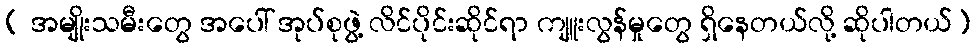
( အမျိုးသမီးတွေ အပေါ် အုပ်စုဖွဲ့ လိင်ပိုင်းဆိုင်ရာ ကျူးလွန်မှုတွေ ရှိနေတယ်လို့ ဆိုပါတယ်)